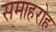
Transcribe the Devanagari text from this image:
समाहरोह